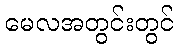
မေလအတွင်းတွင်